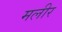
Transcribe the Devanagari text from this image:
मलीर